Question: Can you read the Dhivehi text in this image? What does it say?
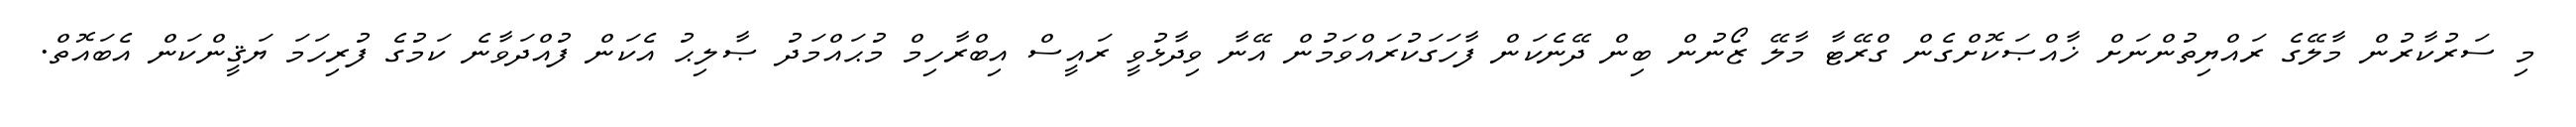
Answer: މި ސަރުކާރުން މާލޭގެ ރައްޔިތުންނަށް ޚާއްޞަކޮށްގެން ގްރޭޓާ މާލޭ ޒޯނުން ބިން ދޭނެކަން ފާހަގަކުރައްވަމުން އޭނާ ވިދާޅުވީ ރައީސް އިބްރާހިމް މުޙައްމަދު ޞާލިޙު އެކަން ފުއްދަވާނެ ކަމުގެ ފުރިހަމަ ޔަޤީންކަން އެބައޮތް.